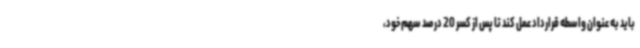
باید به عنوان واسطه قرارداد عمل کند تا پس از کسر 20 درصد سهم خود،